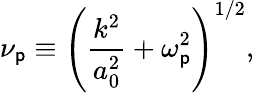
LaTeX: \nu_{\mathsf{p}}\equiv\left(\frac{{k^{2}}}{{a_{0}^{2}}}+\omega_{\mathsf{p}}^{2}\right)^{1/2},